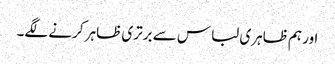
اور ہم ظاہری لباس سے برتری ظاہر کرنے لگے۔